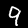
Digit: 9